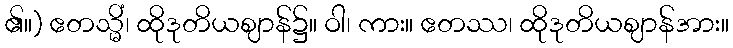
၏။) ဧတသ္မိံ၊ ထိုဒုတိယဈာန်၌။ ဝါ၊ ကား။ ဧတဿ၊ ထိုဒုတိယဈာန်အား။